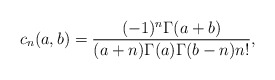
\begin{align*}c_n(a,b)=\frac{(-1)^n\Gamma(a+b)}{(a+n)\Gamma(a)\Gamma(b-n)n!},\end{align*}